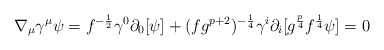
\begin{align*}\nabla_\mu\gamma^\mu\psi=f^{-{1\over 2}}\gamma^0\partial_0[\psi]+(fg^{p+2})^{-{1\over 4}}\gamma^i\partial_i[g^{{p\over 4}}f^{{1\over 4}}\psi]=0\end{align*}